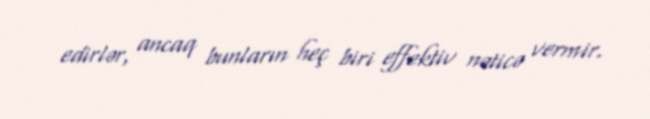
edirlər, ancaq bunların heç biri effektiv nəticə vermir.